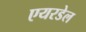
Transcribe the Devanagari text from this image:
एयरडेल